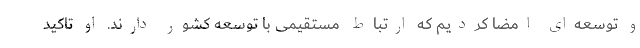
و توسعه‌ای امضا کردیم که ارتباط مستقیمی با توسعه کشور دارند. او تاکید